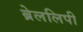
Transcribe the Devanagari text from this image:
ब्रेललिपी